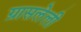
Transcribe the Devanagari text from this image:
ग्रासलेली